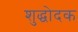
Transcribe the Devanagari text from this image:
शुद्धोदक